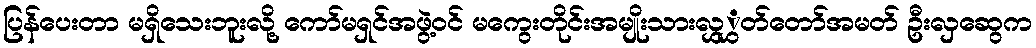
ပြန်ပေးတာ မရှိသေးဘူးလို့ ကော်မရှင်အဖွဲ့ဝင် မကွေးတိုင်းအမျိုးသားလွှွှတ်တော်အမတ် ဦးလှဆွေက